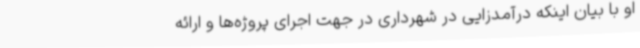
او با بیان اینکه درآمدزایی در شهرداری در جهت اجرای پروژه‌ها و ارائه